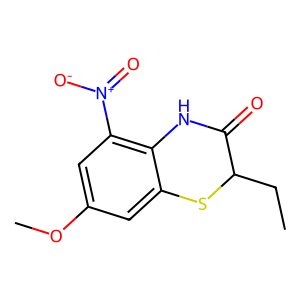
SMILES: CCC1Sc2cc(OC)cc([N+](=O)[O-])c2NC1=O
Inhibits HIV replication: No